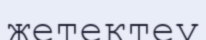
жетектеу